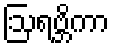
ဩရဗ္ဘိကာ